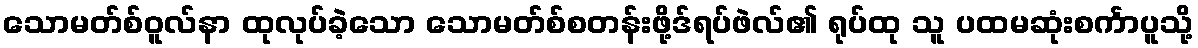
သောမတ်စ်ဝူလ်နာ ထုလုပ်ခဲ့သော သောမတ်စ်စတန်းဖို့ဒ်ရပ်ဖဲလ်၏ ရုပ်ထု သူ ပထမဆုံးစင်္ကာပူသို့